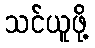
သင်ယူဖို့